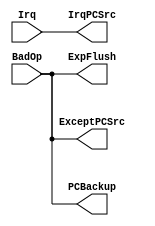
module Exception_Unit(
    input Irq,
    input BadOp,
    output IrqPCSrc,
    output ExceptPCSrc,
    output PCBackup,
    output ExpFlush
);

    assign IrqPCSrc = Irq;
    assign ExceptPCSrc = BadOp;
    assign PCBackup = BadOp;
    assign ExpFlush = BadOp;

endmodule